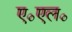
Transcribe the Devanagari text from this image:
ए॰एल॰